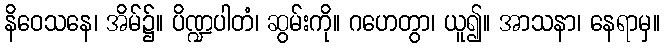
နိဝေသနေ၊ အိမ်၌။ ပိဏ္ဍပါတံ၊ ဆွမ်းကို။ ဂဟေတွာ၊ ယူ၍။ အာသနာ၊ နေရာမှ။